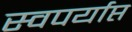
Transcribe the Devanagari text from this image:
स्वपर्याप्त